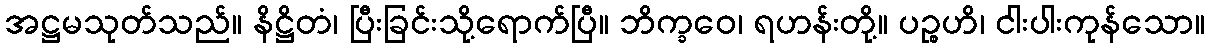
အဋ္ဌမသုတ်သည်။ နိဋ္ဌိတံ၊ ပြီးခြင်းသို့ရောက်ပြီ။ ဘိက္ခဝေ၊ ရဟန်းတို့။ ပဉ္စဟိ၊ ငါးပါးကုန်သော။